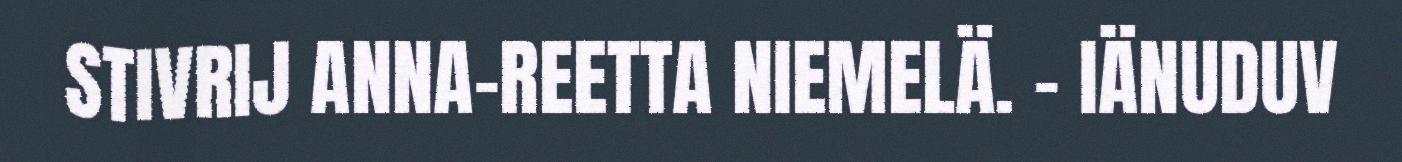
STIVRIJ ANNA-REETTA NIEMELÄ. - IÄNUDUV